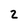
Character: 2